Annual report on the mental hospital in the Central Provinces and Berar (Nagpur) - 1927-1951
Year: 1927
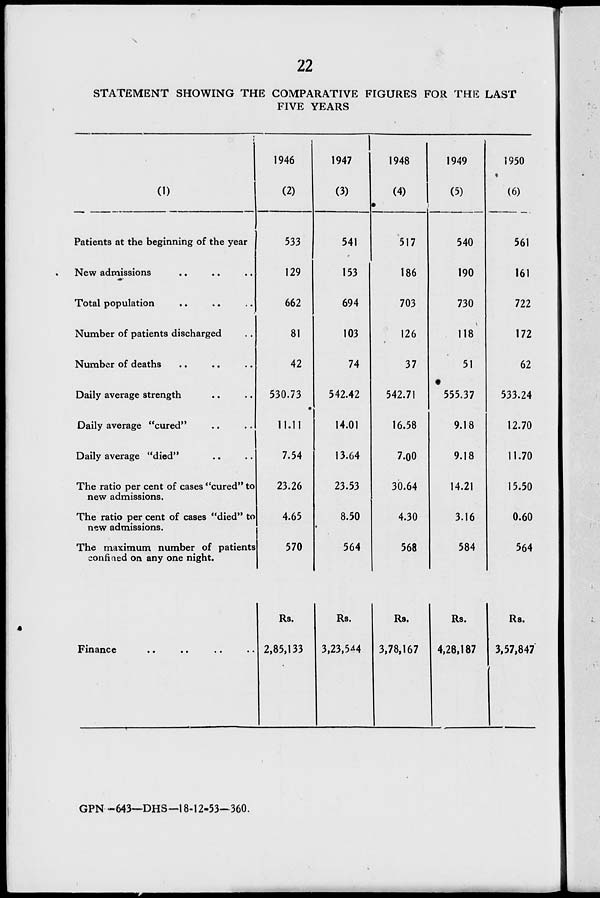
N
22
STATEMENT SHOWING THE COMPARATIVE FIGURES FOR THE LAST
FIVE YEARS
(D
Patients at the beginning of the year
New admissions
Total population
Number of patients discharged
Number of deaths
Daily average strength
>>
Daily average "cured
Daily average "died"
The ratio per cent of cases "cured" to
new admissions.
The ratio per cent of cases "died" to
new admissions.
The maximum number of patients
confined on any one night.
1946
(2)
533
129
662
81
42
530.73
11.11
7.54
23.26
4.65
570
1947
(3)
541
153
694
103
74
542.42
14.01
13.64
23.53
8.50
564
1948
(4)
517
186
703
126
37
542.71
16.58
7.00
30.64
4.30
568
1949
(5)
540
190
730
118
51
555.37
9.18
9.18
14.21
3.16
584
1950
(6)
561
161
722
172
62
533.24
12.70
11.70
15.50
0.60
564
Finance
Rs.
2,85,133
Rs.
3,23,5^4
Rs.
3,78,167
Rs.
4,28,187
Rs.
3,57,847
GPN —643—DHS—18-12-53—360.